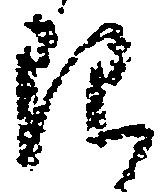
限